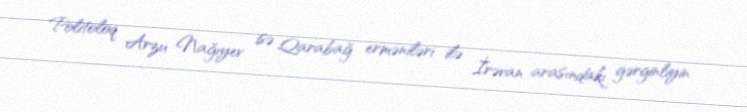
Politoloq Arzu Nağıyev isə Qarabağ erməniləri ilə İrəvan arasındakı gərginliyin